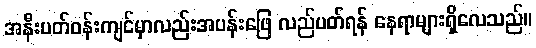
အနီးပတ်ဝန်းကျင်မှာလည်းအပန်းဖြေ လည်ပတ်ရန် နေရာများရှိလေသည်။